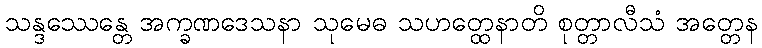
သန္ဒဿေန္တေ အက္ခဏဒေသနာ သုမေဓ သဟတ္ထေနာတိ စုတ္တာလီသံ အတ္တေန